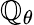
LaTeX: \mathbb{Q}_{\theta}